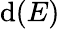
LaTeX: \mathrm{d}(E)